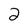
Character: 2